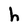
Character: h